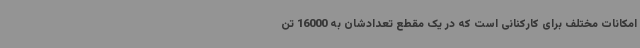
امکانات مختلف برای کارکنانی است که در یک مقطع تعدادشان به 16000 تن